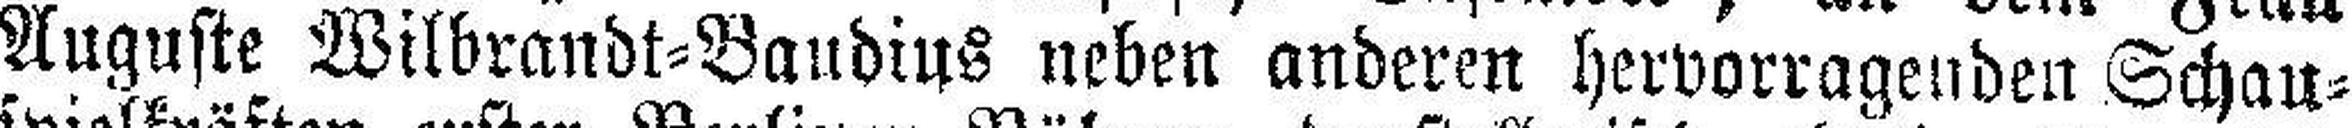
Auguste Wilbrandt=Baudius neben anderen hervorragenden Schau¬